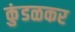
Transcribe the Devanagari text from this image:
कुंडळकर